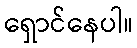
ရှောင်နေပါ။